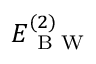
E _ { \mathrm { ~ B ~ W ~ } } ^ { ( 2 ) }